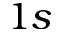
1 s